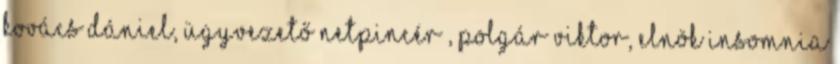
Kovács Dániel, ügyvezető Netpincér , Polgár Viktor, elnök Insomnia